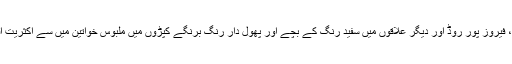
لبرٹی مارکیٹ ،مال روڈ ،کیمپس ،گارڈن ٹاﺅن ، فیروز پور روڈ اور دیگر علاقوں میں سفید رنگ کے بچے اور پھول دار رنگ برنگے کپڑوں میں ملبوس خواتین میں سے اکثریت افغانی اور تاجکستانی پیشہ ور گداگروں کی ہے۔